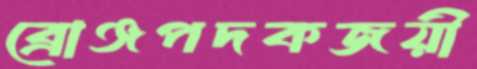
ব্রোঞ্জপদকজয়ী